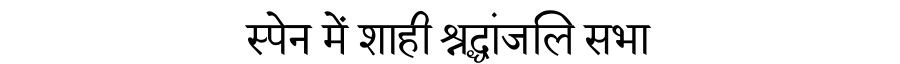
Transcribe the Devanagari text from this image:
स्पेन में शाही श्रद्धांजलि सभा